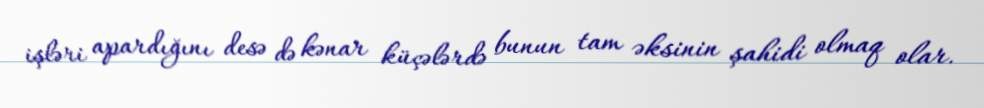
işləri apardığını desə də kənar küçələrdə bunun tam əksinin şahidi olmaq olar.